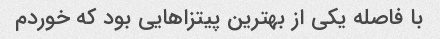
با فاصله یکی از بهترین پیتزاهایی بود که خوردم